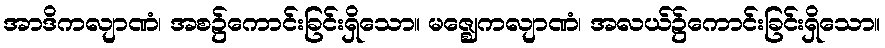
အာဒိကလျာဏံ၊ အစ၌ကောင်းခြင်းရှိသော။ မဇ္ဈေကလျာဏံ၊ အလယ်၌ကောင်းခြင်းရှိသော။